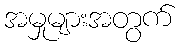
အမှုများအတွက်